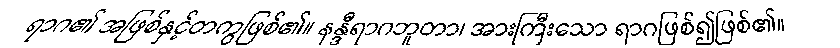
ရာဂ၏ အဖြစ်နှင့်တကွဖြစ်၏။ နန္ဒီရာဂဘူတာ၊ အားကြီးသော ရာဂဖြစ်၍ဖြစ်၏။